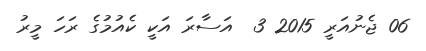
06 ޖެނުއަރީ 2015 3  އަސާރަ އަކީ ކެއުމުގެ ރަހަ މީރު